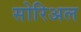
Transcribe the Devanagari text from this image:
सोरिअल